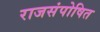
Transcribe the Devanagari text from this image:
राजसंपोषित